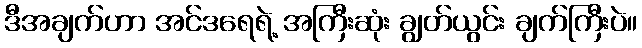
ဒီအချက်ဟာ အင်ဒရေရဲ့ အကြီးဆုံး ချွတ်ယွင်း ချက်ကြီးပဲ။